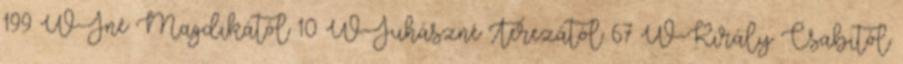
199 W-Jné Magdikától 10 W-Juhászné Terezától 67 W-Király Csabitól